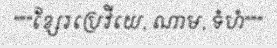
"""ខ្សែរប្រេវីយេ, ណាម, ទំហំ"""